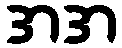
အအ